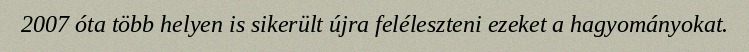
2007 óta több helyen is sikerült újra feléleszteni ezeket a hagyományokat.